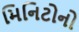
મિનિટોનો